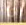
انا